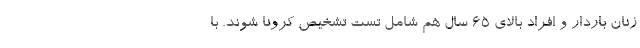
زنان باردار و افراد بالای ۶۵ سال هم شامل تست تشخیص کرونا شوند. با